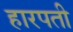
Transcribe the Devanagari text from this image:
हारपती